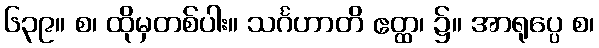
၆၃၉။ စ၊ ထိုမှတစ်ပါး။ သင်္ဂဟာတိ ဧတ္ထ၊ ၌။ အာရုပ္ပေ စ၊